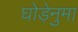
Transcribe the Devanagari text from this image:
घोड़ेनुमा